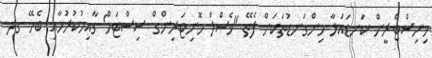
މިނިސްޓްރީން ކަނޑައަޅާ މިންގަނޑުތަކަށް ފެތޭ "ވެސްލް މޮނިޓަރިންގް ސިސްޓަމް' ގާއިމުކުރުމާއި ބެހޭ ގދ.